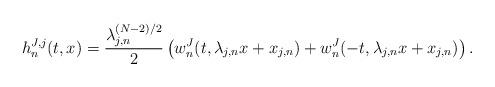
LaTeX: \begin{align*}h^{J,j}_n(t,x) = \frac{\lambda_{j,n}^{(N-2)/2}}{2} \left ( w_n^J(t, \lambda_{j,n} x + x_{j,n} ) + w_n^J(-t, \lambda_{j,n} x + x_{j,n} ) \right ). \end{align*}